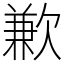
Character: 歉